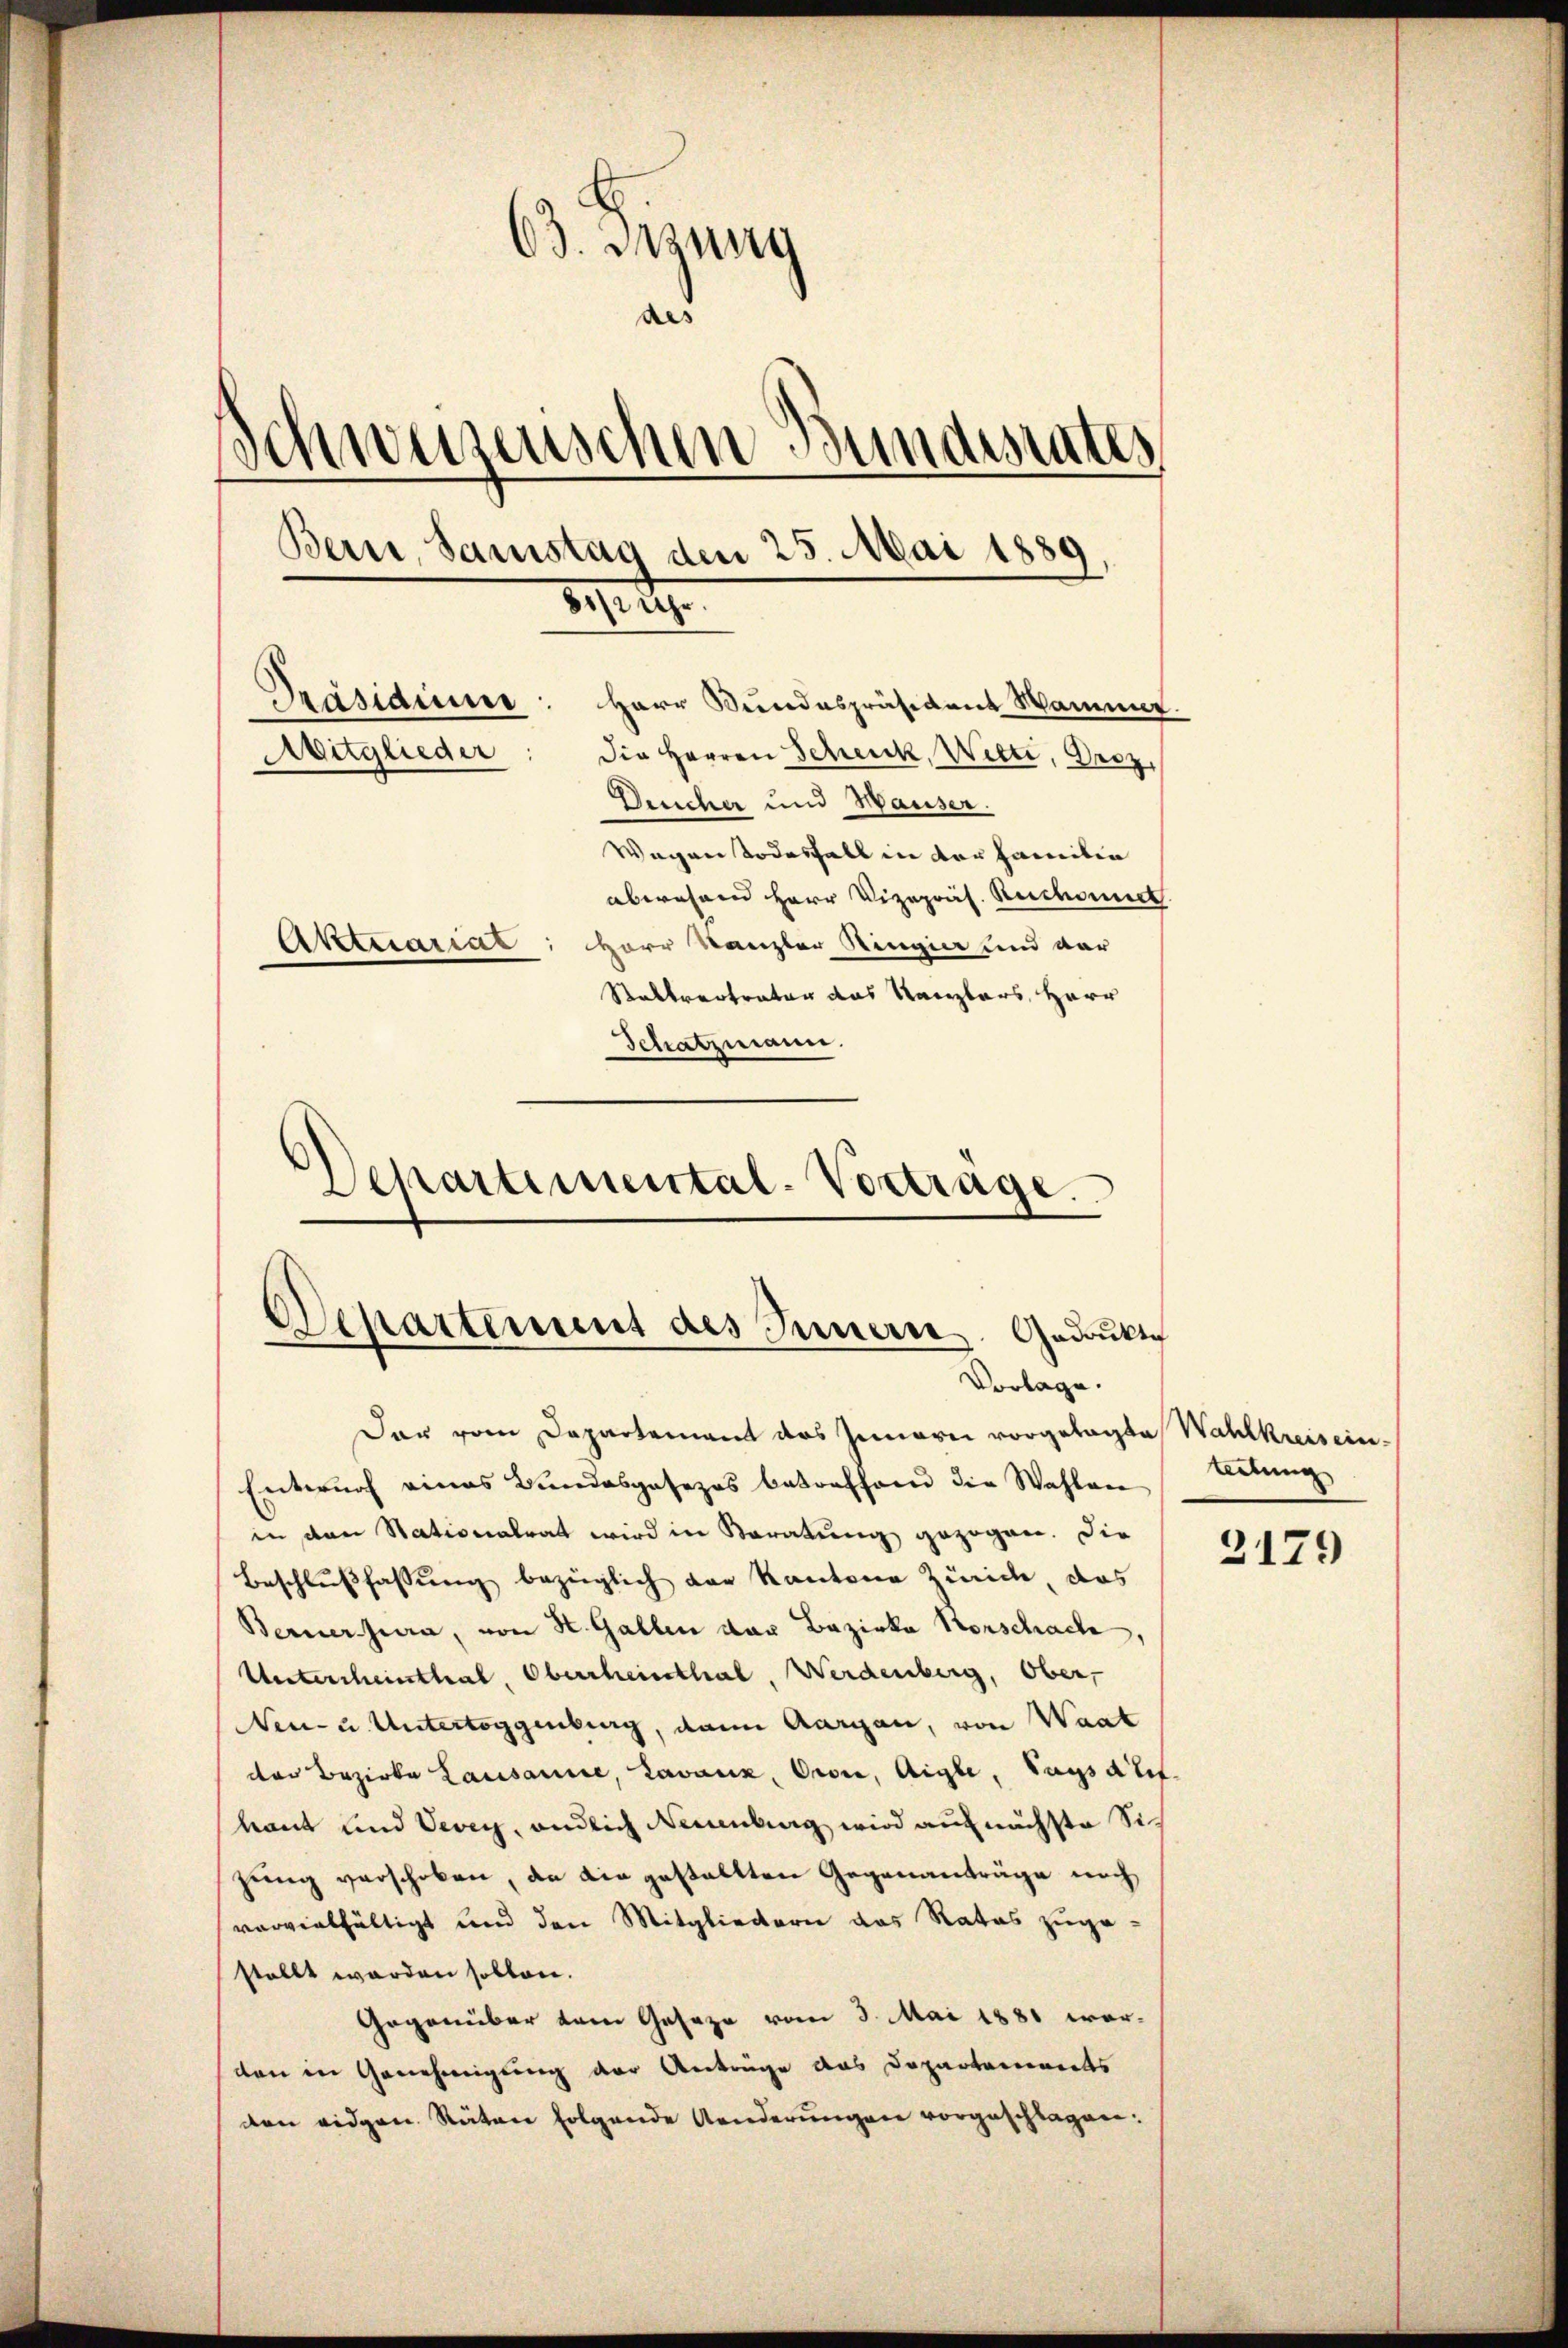
63. Jung
a
Schweizenschen Bundesrates
Bern, Samstag den 25. Mai 1889.
81/2 Uhr.
Präsidiu: Herr Bundespräsident Wammer.
Avitglieder: die Herren Schenk, Wetti, Droz.
Deucher und Hauser.
Wegen Todesfall in der Familie
abwesen Herr Vizepräs. Ruchonet
Aktuariat: Herr Kanzler Ringier und dar
Raktvertratur das Kanzlers, Herr
Schatzmann.

Departemental-Vertrage.
Departement des Innern. Gedankte
Vorlage.

Der vom Departement das Innerei vorgelegte Wahlkreisein-
Entwurf eines Bundesgesezes betreffend die Wahlen
in den Stationalrat wird in Varatung gezogen. Die
Beschlußfassung bezüglich der Kantone Zürich, das
Berner hiera, von St. Gallen der Bezirka Horschache,
Unterscheinthal, Oberrheinthal, Werdenberg, Ober
Neu- u. Untertoggenburg, dann Aargau, von Waat
der Bezirke Lausanne, Lavaux, Crone, Aigle, Tagsat
baut und Vevey, endlich Neuenburg wird auf nächste Sizung verschoben, da die gestellten Gegenanträge noch
vervielfältigt und den Mitgliedern das Rates zugestellt werden sollen.
Gegenüber dem Geseze vom 3. Mai 1881 werden in Genehmigung der Anträge das Departements
den eidgen. Räten folgende Aenderungen vorgeschlagen:

leitung

2179